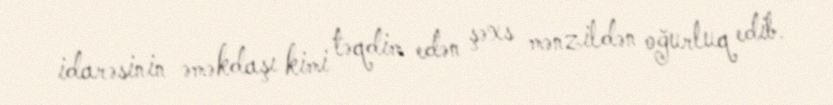
idarəsinin əməkdaşı kimi təqdim edən şəxs mənzildən oğurluq edib.